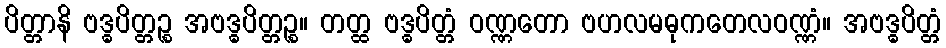
ပိတ္တာနိ ဗဒ္ဓပိတ္တဉ္စ အဗဒ္ဓပိတ္တဉ္စ။ တတ္ထ ဗဒ္ဓပိတ္တံ ဝဏ္ဏတော ဗဟလမဓုကတေလဝဏ္ဏံ။ အဗဒ္ဓပိတ္တံ